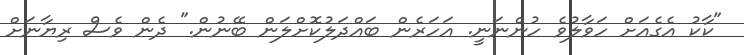
"ކާކު އެގެއަށް ހަވާލުވެ ހުންނަނީ. އަހަރެން ބައްދަލުކޮށްލަން ބޭނުން." ދެން ވެސް ރިޔާނަށް